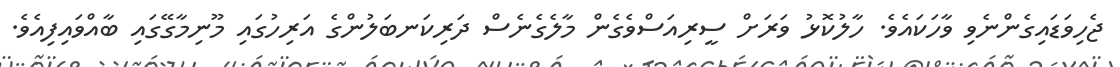
ޖެހިވަޑައިގެންނެވި ވާހަކައެވެ. ހާލުކޮޅު ވަރަށް ސީރިއަސްވެގެން މާލެގެނެސް ދަރިކަނބަލުންގެ އަރިހުގައި މޫނިމާގޭގައި ބާއްވައިފިއެވެ.